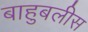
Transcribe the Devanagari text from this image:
बाहुबलीस